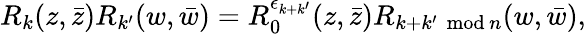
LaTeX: {R}_{k}(z,\bar{z}){R}_{k^{\prime}}(w,\bar{w})={R}_{0}^{\epsilon_{k+k^{\prime}}}(z,\bar{z}){R}_{k+k^{\prime}\, \, \mathrm{mod}\, n}(w,\bar{w}),